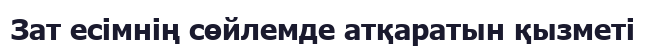
Зат есімнің сөйлемде атқаратын қызметі